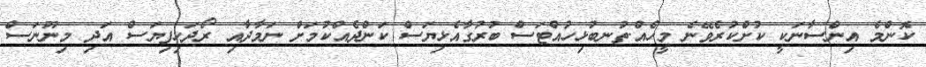
ކޮންމެ އިންސާނަކީ ކުށްކުރެވޭނެ މީހެއް.ތުނބުޅިހުއްޓަސް ބުރުގާއެޅިޔަސް ކަންދެއްކުމަށް ނަމާދާއި ރޯދަހިފިޔަސް އަދި މިނޫނަސް